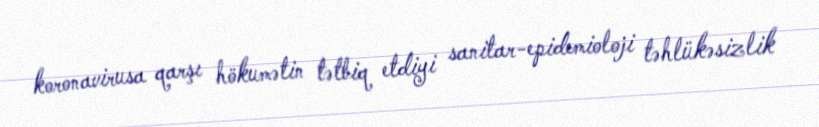
koronavirusa qarşı hökumətin tətbiq etdiyi sanitar-epidemioloji təhlükəsizlik